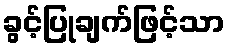
ခွင့်ပြုချက်ဖြင့်သာ